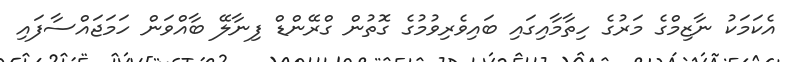
އެކަމަކު ނާޒިމްގެ މަރުގެ ހިތާމާއިގައި ބައިވެރިވުމުގެ ގޮތުން ގްރޭންޑް ފިނާލޭ ބާއްވަން ހަމަޖައްސާފައި